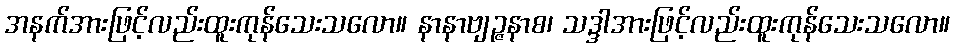
အနက်အားဖြင့်လည်းထူးကုန်သေးသလော။ နာနာဗျဉ္ဇနာစ၊ သဒ္ဒါအားဖြင့်လည်းထူးကုန်သေးသလော။